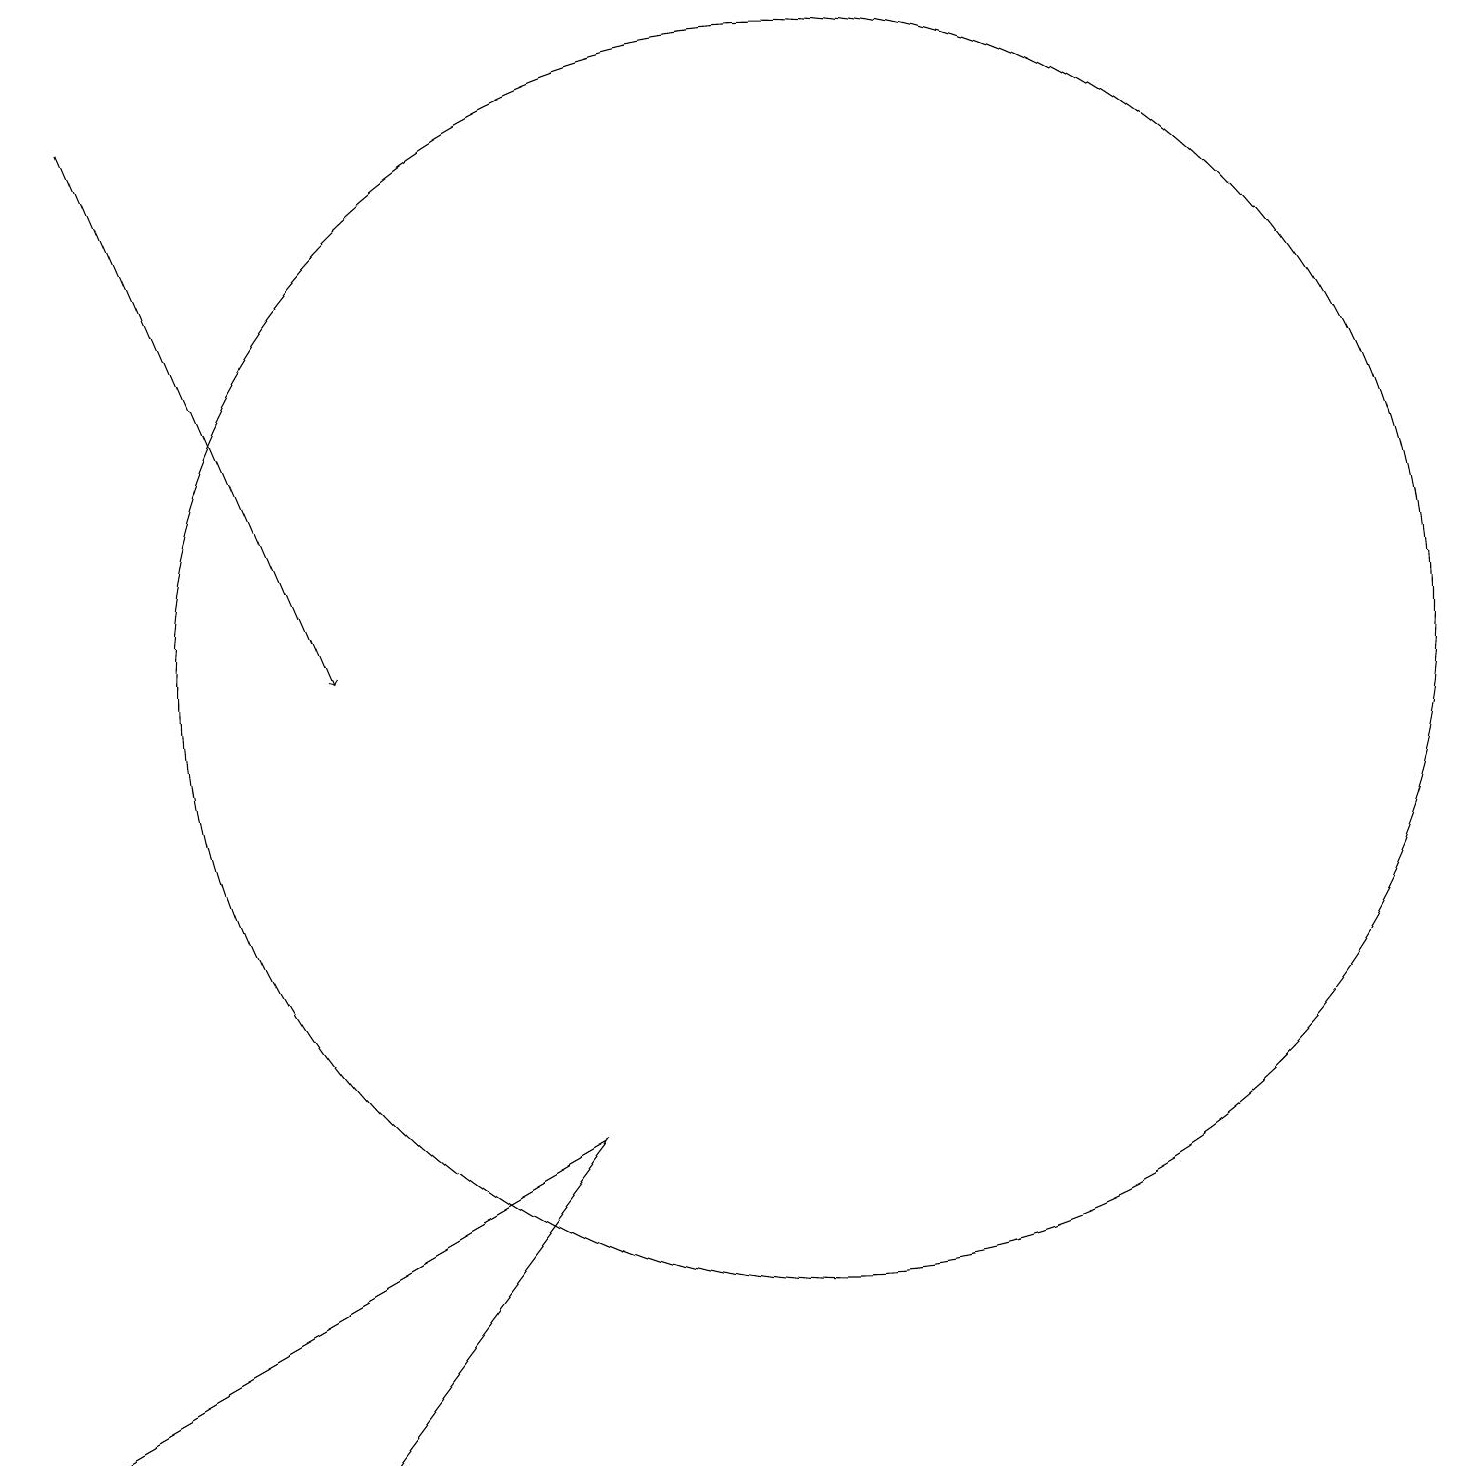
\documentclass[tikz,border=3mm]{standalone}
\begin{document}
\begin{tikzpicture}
\draw (9,5) -- (6,1) -- (2,1) -- cycle;
\draw (12,11) circle (8);
\draw[->] (3,18) -- (6,11);
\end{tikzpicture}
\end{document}